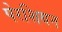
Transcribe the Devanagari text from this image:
पेरशियन